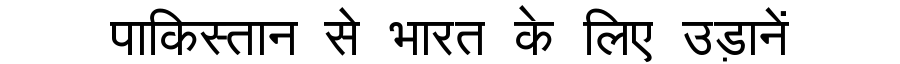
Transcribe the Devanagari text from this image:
पाकिस्तान से भारत के लिए उड़ानें